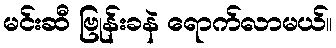
မင်းဆီ ဗြုန်းခနဲ ရောက်လာမယ်။